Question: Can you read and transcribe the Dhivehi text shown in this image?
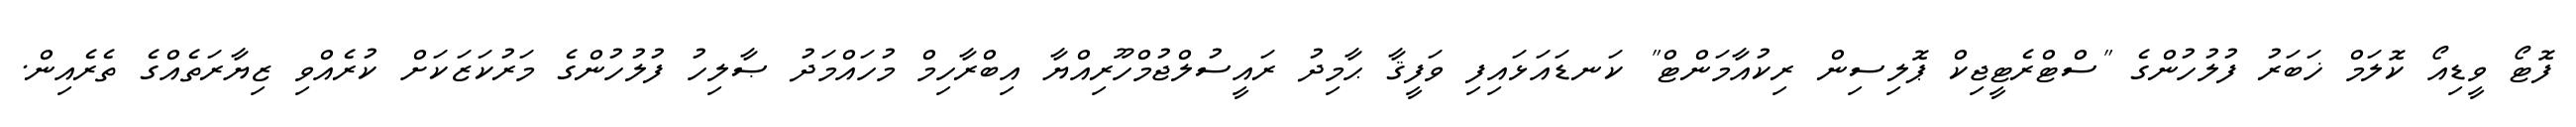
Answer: ފޮޓޯ ވީޑިއޯ ކޮލަމް ޚަބަރު ފުލުހުންގެ "ސްޓްރެޓީޖިކް ޕޮލިސިން ރިކުއާމަންޓް" ކަނޑައަޅައިފި ވަފީޤާ ޙާމިދު ރައީސުލްޖުމްހޫރިއްޔާ އިބްރާހިމް މުހައްމަދު ޞާލިހު ފުލުހުންގެ މަރުކަޒަކަށް ކުރެއްވި ޒިޔާރަތެއްގެ ތެރެއިން.